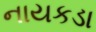
નાયકડા